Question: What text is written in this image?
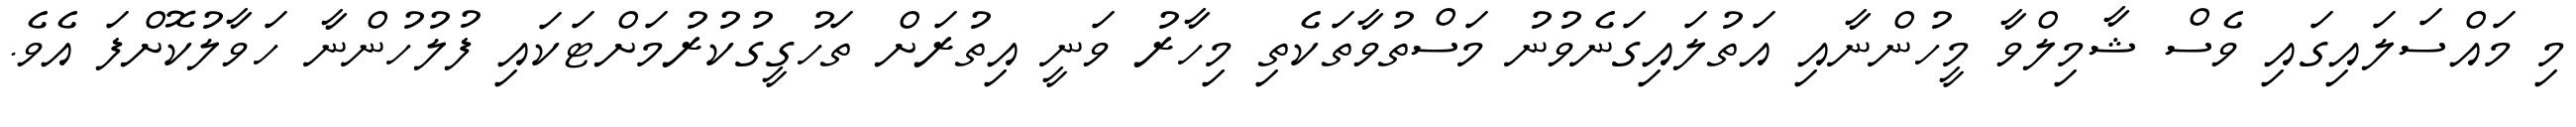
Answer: މި މައްސަލައިގައި ވެސް ޝާމިލްވާ މީހުންނާއި އަތުލައިގަނެވުނު މަސްތުވާތަކެތި މިހާރު ވަނީ އިތުރަށް ތަހުގީގުކުރުމަށްޓަކައި ފުލުހުންނާ ހަވާލުކޮށްފަ އެވެ.